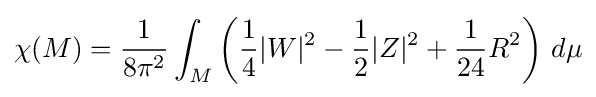
\chi (M)={\frac {1}{8\pi ^{2}}}\int _{M}\left({\frac {1}{4}}|W|^{2}-{\frac {1}{2}}|Z|^{2}+{\frac {1}{24}}R^{2}\right)\,d\mu